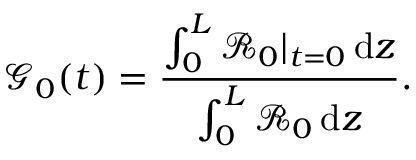
\mathcal { G } _ { 0 } ( t ) = \frac { \int _ { 0 } ^ { L } \mathcal { R } _ { 0 } | _ { t = 0 } \, \mathrm { d } z } { \int _ { 0 } ^ { L } \mathcal { R } _ { 0 } \, \mathrm { d } z } .